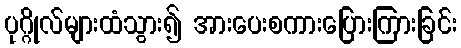
ပုဂ္ဂိုလ်များထံသွား၍ အားပေးစကားပြေားကြားခြင်း